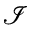
\mathcal { I }